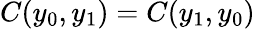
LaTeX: C(y_{0},y_{1})=C(y_{1},y_{0})